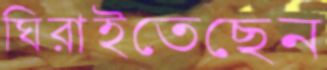
ঘিরাইতেছেন